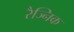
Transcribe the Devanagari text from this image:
रैज्निक